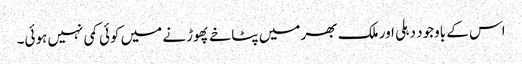
اس کے باوجود دہلی اور ملک بھر میں پٹاخے پھوڑنے میں کوئی کمی نہیں ہوئی۔